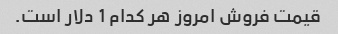
قیمت فروش امروز هر کدام 1 دلار است.